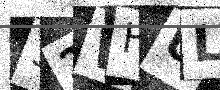
Text: 32WHUL